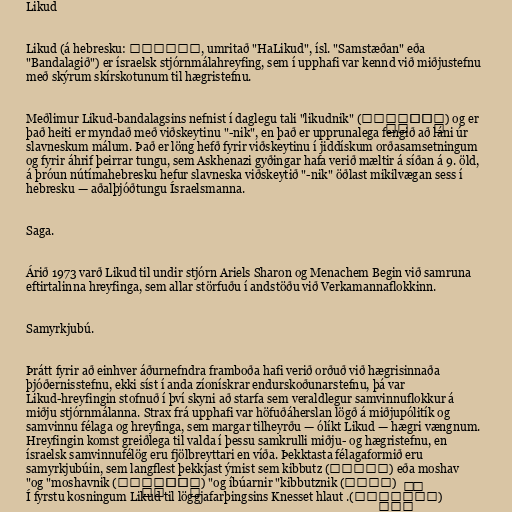
Likud

Likud (á hebresku: הליכוד, umritað "HaLikud", ísl. "Samstæðan" eða
"Bandalagið") er ísraelsk stjórnmálahreyfing, sem í upphafi var kennd við miðjustefnu
með skýrum skírskotunum til hægristefnu.

Meðlimur Likud-bandalagsins nefnist í daglegu tali "likudnik" (לִכּוּדְנִיק‬) og er
það heiti er myndað með viðskeytinu "-nik", en það er upprunalega fengið að láni úr
slavneskum málum. Það er löng hefð fyrir viðskeytinu í jiddískum orðasamsetningum
og fyrir áhrif þeirrar tungu, sem Askhenazi gyðingar hafa verið mæltir á síðan á 9. öld,
á þróun nútímahebresku hefur slavneska viðskeytið "-nik" öðlast mikilvægan sess í
hebresku — aðalþjóðtungu Ísraelsmanna.

Saga.

Árið 1973 varð Likud til undir stjórn Ariels Sharon og Menachem Begin við samruna
eftirtalinna hreyfinga, sem allar störfuðu í andstöðu við Verkamannaflokkinn.

Samyrkjubú.

Þrátt fyrir að einhver áðurnefndra framboða hafi verið orðuð við hægrisinnaða
þjóðernisstefnu, ekki síst í anda zíonískrar endurskoðunarstefnu, þá var
Likud-hreyfingin stofnuð í því skyni að starfa sem veraldlegur samvinnuflokkur á
miðju stjórnmálanna. Strax frá upphafi var höfuðáherslan lögð á miðjupólitík og
samvinnu félaga og hreyfinga, sem margar tilheyrðu — ólíkt Likud — hægri vængnum.
Hreyfingin komst greiðlega til valda í þessu samkrulli miðju- og hægristefnu, en
ísraelsk samvinnufélög eru fjölbreyttari en víða. Þekktasta félagaformið eru
samyrkjubúin, sem langflest þekkjast ýmist sem kibbutz (קיבוץ‬) eða moshav
(מושב) og íbúarnir "kibbutznik" (קִבּוּצְנִיק‬) og "moshavnik"
(מוֹשַׁבְנִיק‬). Í fyrstu kosningum Likud til löggjafarþingsins Knesset hlaut